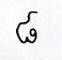
៨